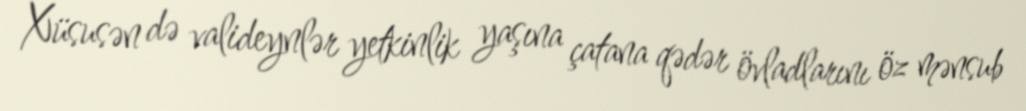
Xüsusən də valideynlər yetkinlik yaşına çatana qədər övladlarını öz mənsub